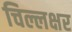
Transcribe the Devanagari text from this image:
चिल्लक्षर